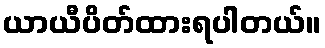
ယာယီပိတ်ထားရပါတယ်။